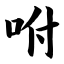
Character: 咐